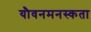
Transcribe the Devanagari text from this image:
यौवनमनस्कता